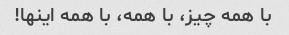
با همه چیز، با همه، با همه اینها!